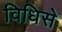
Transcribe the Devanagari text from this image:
विधिसे